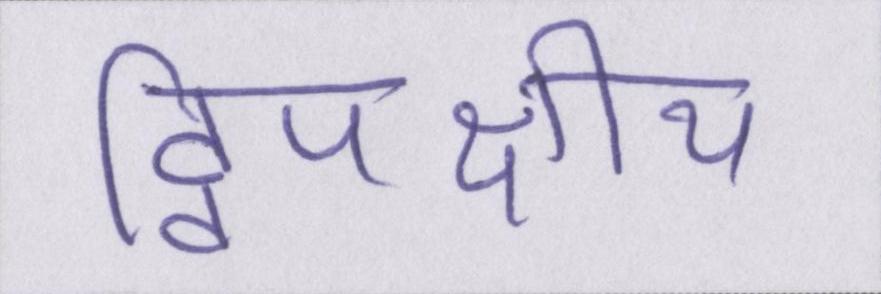
द्विपक्षीय